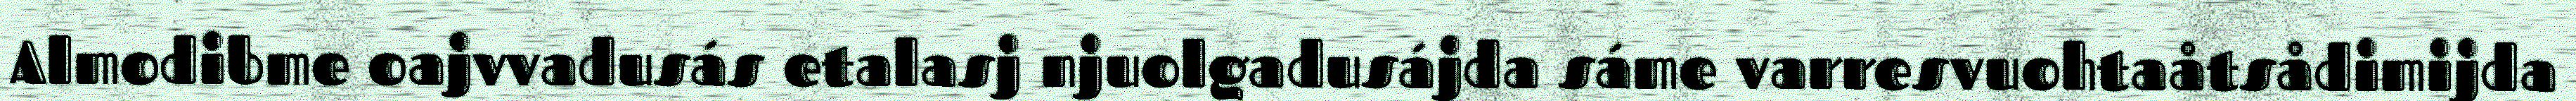
Almodibme oajvvadusás etalasj njuolgadusájda sáme varresvuohtaåtsådimijda